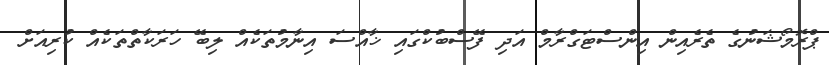
ޕްރޮމޯޝަނުގެ ތެރެއިން އިންސްޓަގްރާމް އަދި ފޭސްބުކްގައި ޚާއްސަ އިނާމުތަކެއް ލިބޭ ހަރަކާތްތަކެއްް ކުރިއަށް